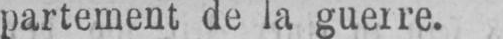
partement de la guerre.